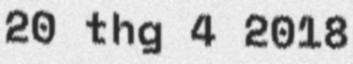
20 thg 4 2018